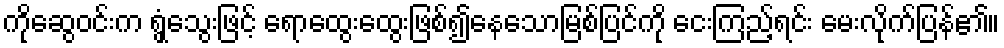
ကိုဆွေဝင်းက ရွှံ့သွေးဖြင့် ရောထွေးထွေးဖြစ်၍နေသောမြစ်ပြင်ကို ငေးကြည့်ရင်း မေးလိုက်ပြန်၏။